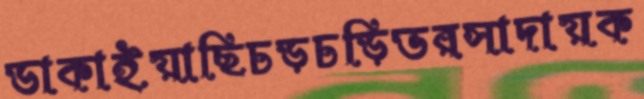
ডাকাইয়াছিচড়চড়িভরসাদায়ক